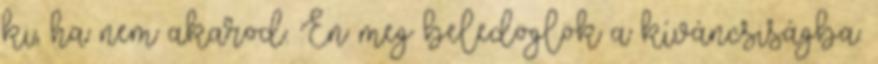
ki, ha nem akarod. Én meg beledöglök a kíváncsiságba.